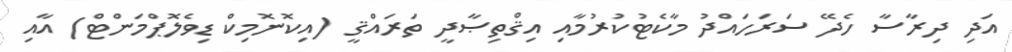
އަދި ދިރާސާ ހެދޭ ސަރަހައްދު މާކެޓުކުރުމާއި އިޤްތިޞާދީ ތަރައްޤީ (އިކޮނޮމިކް ޑިވެލޮޕްމަންޓް) އާއި